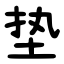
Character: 垫